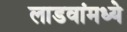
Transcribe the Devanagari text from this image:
लाडवांमध्ये